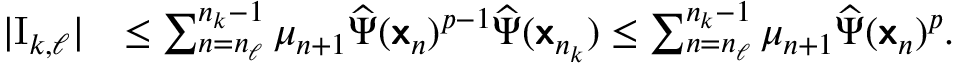
\begin{array} { r l } { | \mathrm { I } _ { k , \ell } | } & { \leq \sum _ { n = n _ { \ell } } ^ { n _ { k } - 1 } \mu _ { n + 1 } \widehat \Psi ( { \boldsymbol { \mathsf { x } } } _ { n } ) ^ { p - 1 } \widehat \Psi ( { \boldsymbol { \mathsf { x } } } _ { n _ { k } } ) \leq \sum _ { n = n _ { \ell } } ^ { n _ { k } - 1 } \mu _ { n + 1 } \widehat \Psi ( { \boldsymbol { \mathsf { x } } } _ { n } ) ^ { p } . } \end{array}